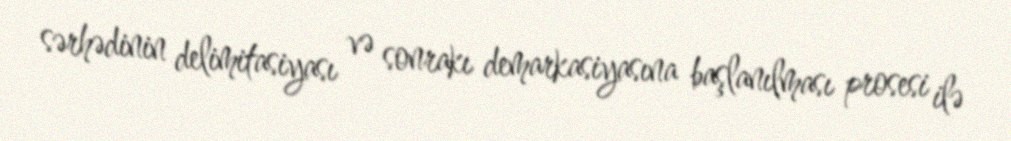
sərhədinin delimitasiyası və sonrakı demarkasiyasına başlanılması prosesi ilə